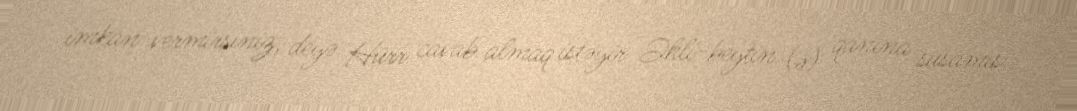
imkan vermirsiniz, deyə Hürr cavab almaq istəyir Əhli-beytin (ə) qanına susamış